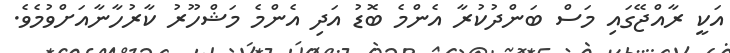
އަކީ ރާއްޖޭގައި މަސް ބަންދުުކުރާ އެންމެ ބޮޑު އަދި އެންމެ މަޝްހޫރު ކާރުހާނާއަށްވުމެވެ.